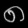
Digit: ၈